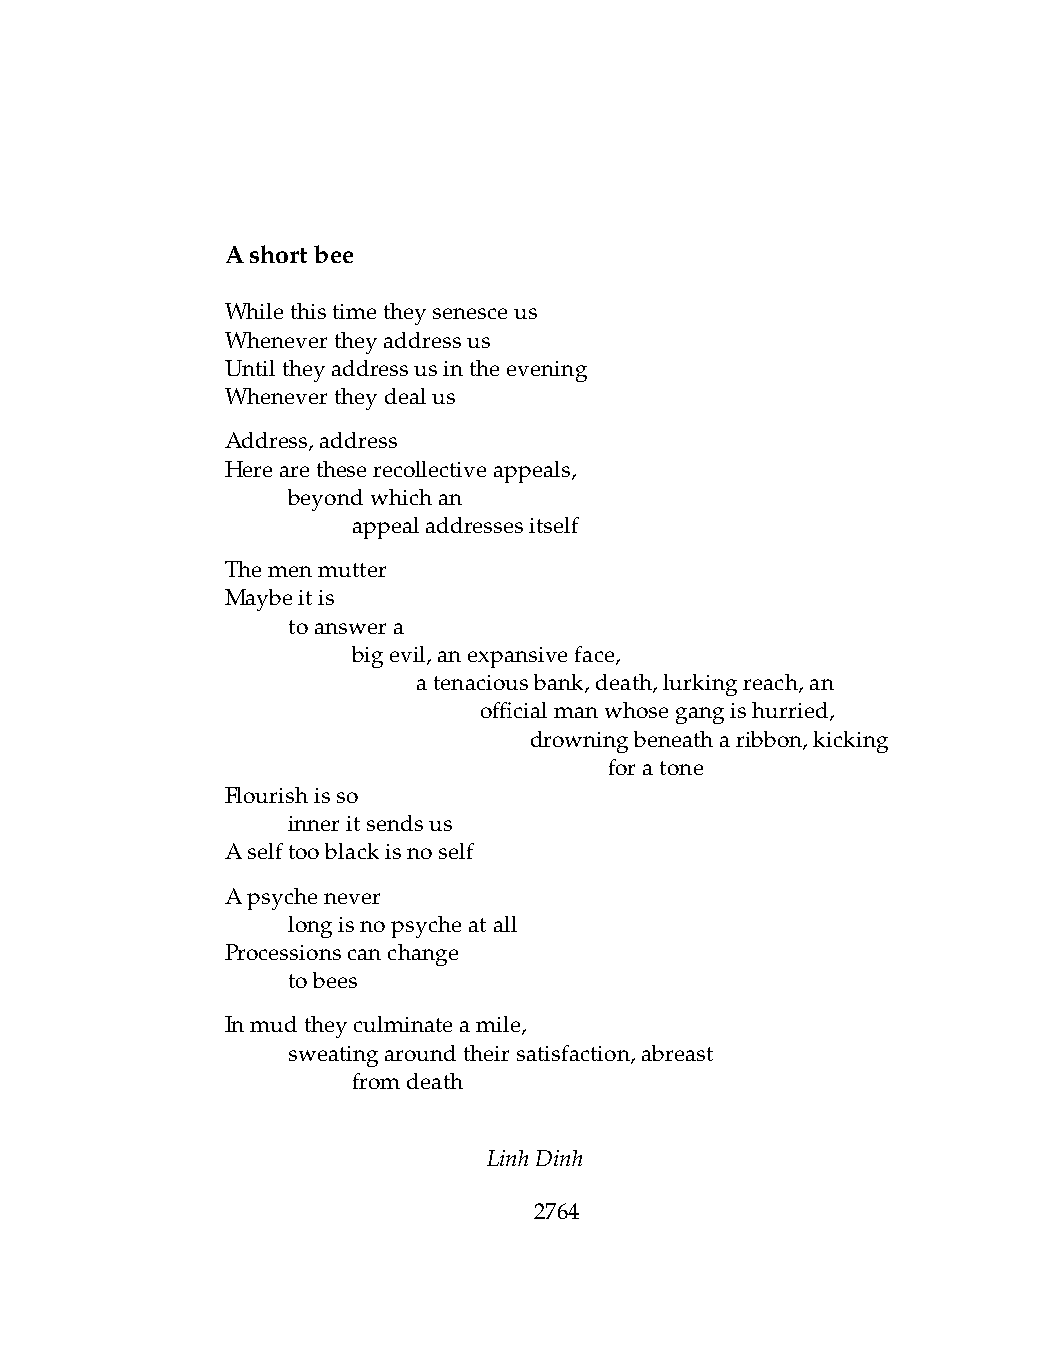
Ashortbee
 Whilethistimetheysenesceus
 Whenevertheyaddressus
 Untiltheyaddressusintheevening
 Whenevertheydealus
 Address,address
 Herearetheserecollectiveappeals,
 .   beyondwhichan
 .   .   appealaddressesitself
 Themenmutter
 Maybeitis
 .   toanswera
 .   .   bigevil,anexpansiveface,
 .   .   .    atenaciousbank,death,lurkingreach,an
 .   .   .    .   officialmanwhosegangishurried,
 .   .   .   .   .   drowningbeneatharibbon,kicking
 .   .   .    .   .   .   foratone
 Flourishisso
 .   inneritsendsus
 Aselftooblackisnoself
 Apsychenever
 .   longisnopsycheatall
 Processionscanchange
 .   tobees
 Inmudtheyculminateamile,
 .   sweatingaroundtheirsatisfaction,abreast
 .   .   fromdeath
 LinhDinh
 2764